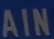
AIN